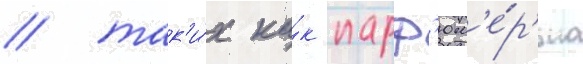
/ так'и́х ка́к парф'юм'е́р'иа